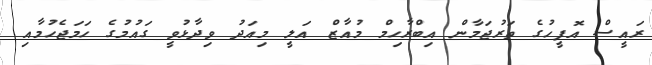
ރައީސް އޮފީހުގެ ތަރުޖަމާން އިބްރާހިމް މުއާޒް އަލީ މިއަދު ވިދާޅުވީ ގައުމުގެ ހަމަޖެހުމާއި